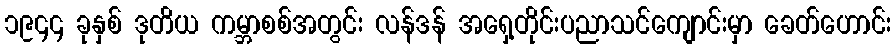
၁၉၄၄ ခုနှစ် ဒုတိယ ကမ္ဘာစစ်အတွင်း လန်ဒန် အရှေ့တိုင်းပညာသင်ကျောင်းမှာ ခေတ်ဟောင်း